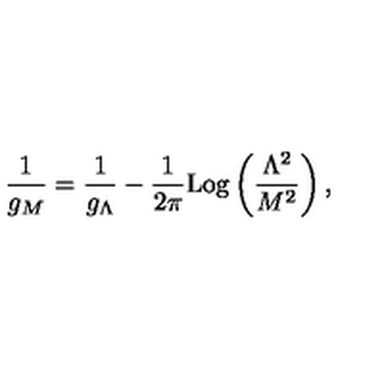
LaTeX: \frac { 1 } { g _ { M } } = \frac { 1 } { g _ { \Lambda } } - \frac { 1 } { 2 \pi } \mathrm { L o g } \left( \frac { \Lambda ^ { 2 } } { M ^ { 2 } } \right) ,